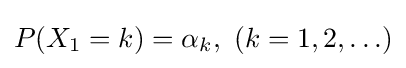
P(X_{1}=k)=\alpha _{k},\ (k=1,2,\ldots )